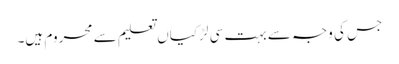
جس کی وجہ سے بہت سی لڑکیاں تعلیم سے محروم ہیں۔